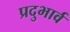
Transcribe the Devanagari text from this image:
प्रदुभार्व